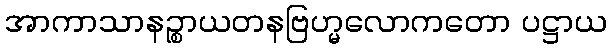
အာကာသာနဉ္စာယတနဗြဟ္မလောကတော ပဋ္ဌာယ